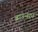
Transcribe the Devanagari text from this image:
ब्राउन्सन